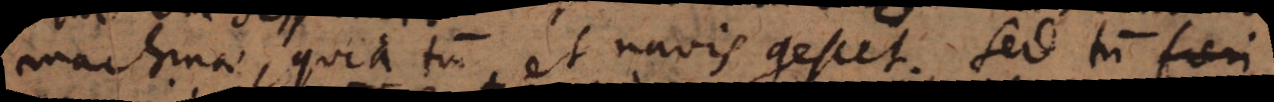
machinae, quia tum et navis quiescet. Sed tum fieri